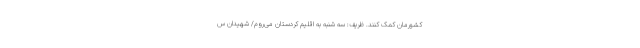
کشورمان کمک کنند. ظریف: سه شنبه به اقلیم کردستان می‌روم/ شهیدان س